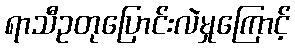
ရာသီဥတုပြောင်းလဲမှုကြောင့်